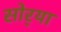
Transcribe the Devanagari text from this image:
सोर्‍या